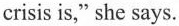
crisis is," she says.